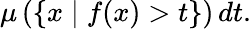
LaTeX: \mu\left(\{ x\mid f(x)>t\} \right)\, dt.